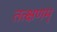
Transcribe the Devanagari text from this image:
तत्क्षणम्